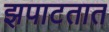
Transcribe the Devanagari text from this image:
झपाटतात